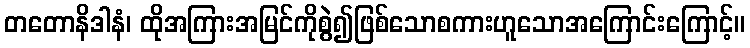
တတောနိဒါနံ၊ ထိုအကြားအမြင်ကိုစွဲ၍ဖြစ်သောစကားဟူသောအကြောင်းကြောင့်။